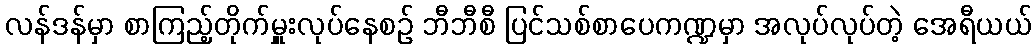
လန်ဒန်မှာ စာကြည့်တိုက်မှူးလုပ်နေစဉ် ဘီဘီစီ ပြင်သစ်စာပေကဏ္ဍမှာ အလုပ်လုပ်တဲ့ အေရီယယ်